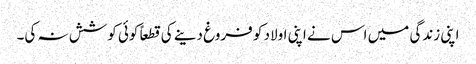
اپنی زندگی میں اس نے اپنی اولاد کو فروغ دینے کی قطعاً کوئی کوشش نہ کی۔